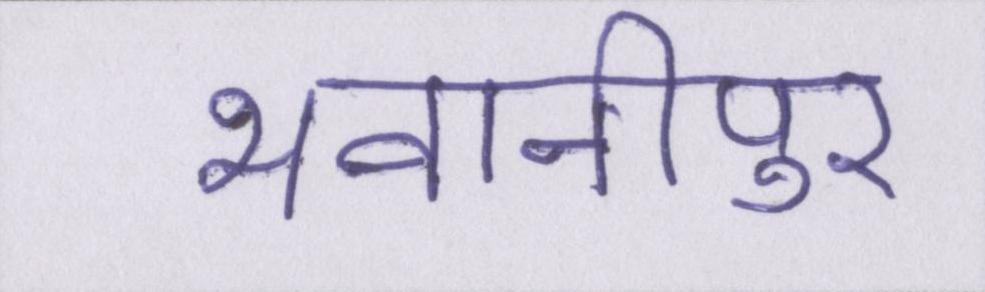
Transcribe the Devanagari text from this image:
भवानीपुर